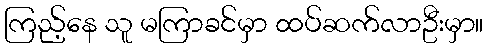
ကြည့်နေ သူ မကြာခင်မှာ ထပ်ဆက်လာဦးမှာ။